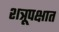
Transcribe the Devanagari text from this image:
शत्रूपक्षात